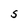
Character: S